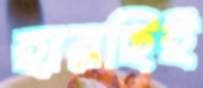
হারছিই